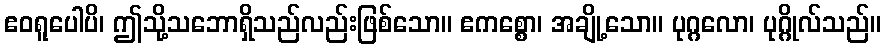
ဧဝရူပေါပိ၊ ဤသို့သဘောရှိသည်လည်းဖြစ်သော။ ဧကစ္စော၊ အချို့သော။ ပုဂ္ဂလော၊ ပုဂ္ဂိုလ်သည်။